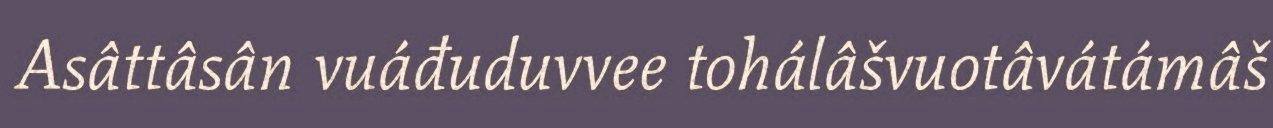
Asâttâsân vuáđuduvvee tohálâšvuotâvátámâš